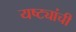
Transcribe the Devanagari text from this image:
यष्ट्यांची